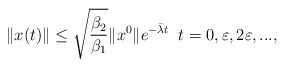
\begin{align*}\|x(t)\|\le \sqrt{\frac{\beta_2}{\beta_1}}\|x^0\|e^{-\bar\lambda t} \;\; t=0,\varepsilon, 2\varepsilon, ... ,\end{align*}